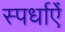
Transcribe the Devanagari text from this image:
स्पर्धाऐं